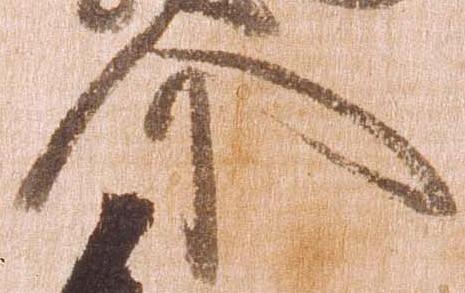
介